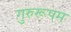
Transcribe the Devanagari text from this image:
गुरुरूपम